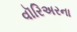
વૉરિઅરના